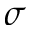
\sigma